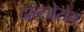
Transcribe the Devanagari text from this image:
दोत्सोरोत